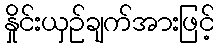
နှိုင်းယှဉ်ချက်အားဖြင့်